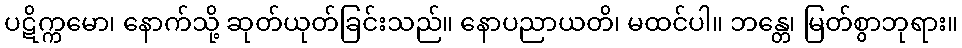
ပဋိက္ကမော၊ နောက်သို့ ဆုတ်ယုတ်ခြင်းသည်။ နောပညာယတိ၊ မထင်ပါ။ ဘန္တေ၊ မြတ်စွာဘုရား။